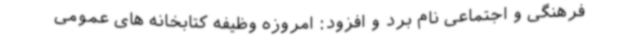
فرهنگی و اجتماعی نام برد و افزود: امروزه وظیفه کتابخانه های عمومی